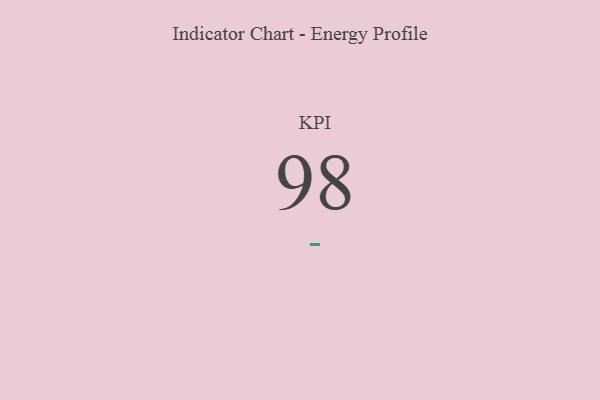
{"axis": {"x": "KPI", "y": "Value"}, "legend": [""], "data": [{"x": "KPI", "y": 98, "type": ""}]}